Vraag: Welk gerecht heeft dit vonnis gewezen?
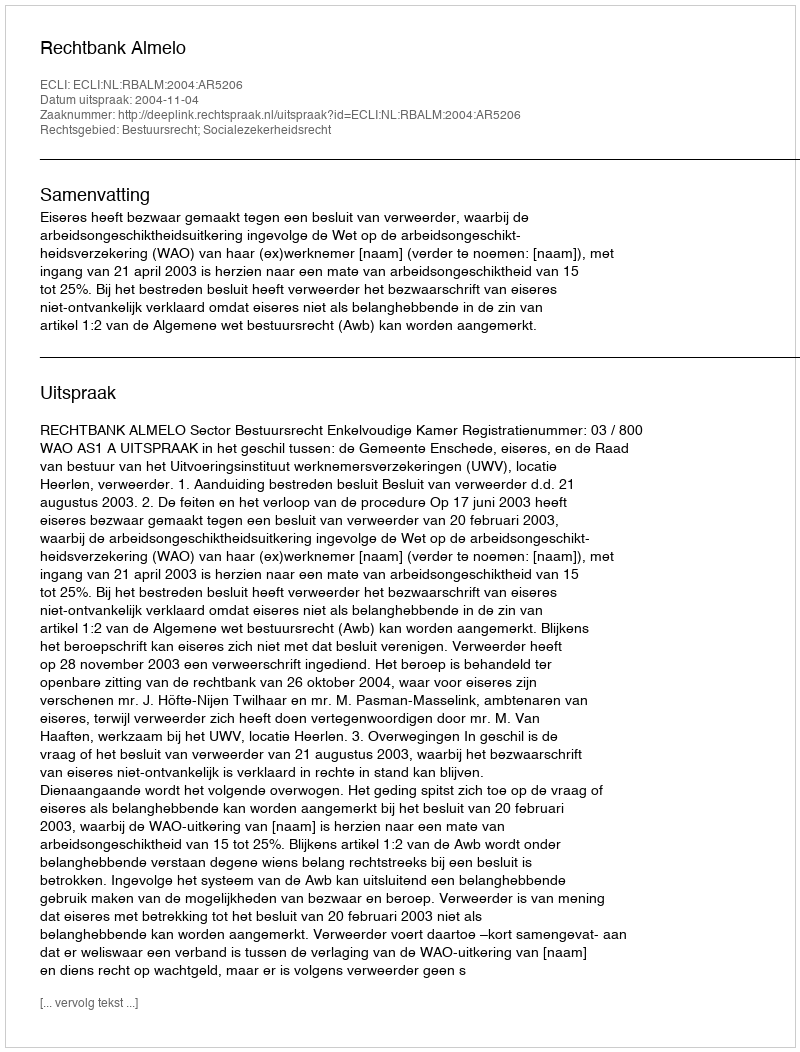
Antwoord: Rechtbank Almelo